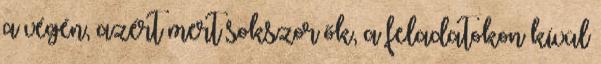
a végén, azért mert sokszor ők, a feladatokon kívül